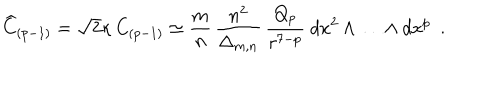
LaTeX: { \widehat C } _ { ( p - 1 ) } = \sqrt { 2 } \kappa \, C _ { ( p - 1 ) } \simeq \frac { m } { n } \, \frac { n ^ { 2 } } { \Delta _ { m , n } } \, \frac { Q _ { p } } { r ^ { 7 - p } } ~ d x ^ { 2 } \wedge \ldots \wedge d x ^ { p } ~ ~ .